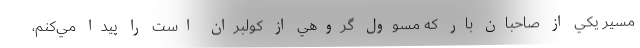
مسير يكي از صاحبان بار كه مسوول گروهي از كولبران است را پيدا مي‌كنم،